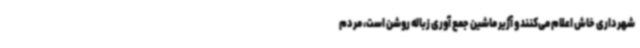
شهرداری خاش اعلام می‌کنند و آژیر ماشین جمع آوری زباله روشن است، مردم